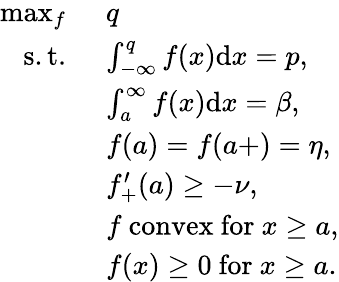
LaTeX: \begin{array}{rl}{\operatorname*{max}_{f}\ }&{q}\\ {\mathrm{~s.t.~}}&{\int_{-\infty}^{q}f(x)\mathrm{d}x=p,}\\ &{\int_{a}^{\infty}f(x)\mathrm{d}x=\beta,}\\ &{f(a)=f(a+)=\eta,}\\ &{f_{+}^{\prime}(a)\ge-\nu,}\\ &{f\mathrm{\ convex\ for\ }x\ge a,}\\ &{f(x)\ge 0\mathrm{\ for\ }x\ge a.}\end{array}